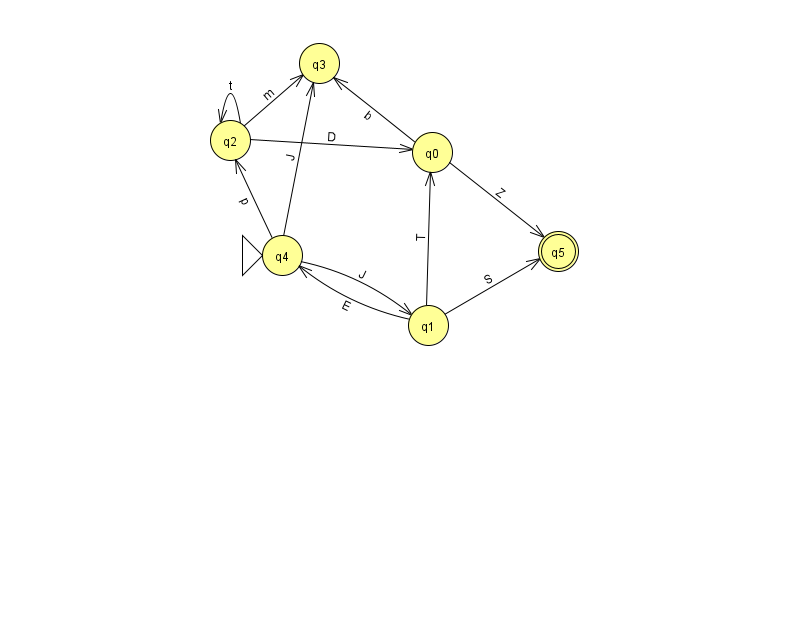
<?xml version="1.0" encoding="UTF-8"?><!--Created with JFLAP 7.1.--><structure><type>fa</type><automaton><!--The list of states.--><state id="0" name="q0"><x>432.0</x><y>139.0</y></state><state id="1" name="q1"><x>428.0</x><y>312.0</y></state><state id="2" name="q2"><x>230.0</x><y>127.0</y></state><state id="3" name="q3"><x>319.0</x><y>50.0</y></state><state id="4" name="q4"><x>282.0</x><y>242.0</y><initial/></state><state id="5" name="q5"><x>558.0</x><y>238.0</y><final/></state><!--The list of transitions.--><transition><from>2</from><to>3</to><read>m</read></transition><transition><from>1</from><to>0</to><read>T</read></transition><transition><from>1</from><to>5</to><read>S</read></transition><transition><from>4</from><to>1</to><read>J</read></transition><transition><from>4</from><to>3</to><read>J</read></transition><transition><from>0</from><to>3</to><read>b</read></transition><transition><from>2</from><to>2</to><read>t</read></transition><transition><from>4</from><to>2</to><read>p</read></transition><transition><from>1</from><to>4</to><read>E</read></transition><transition><from>0</from><to>5</to><read>Z</read></transition><transition><from>2</from><to>0</to><read>D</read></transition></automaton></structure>